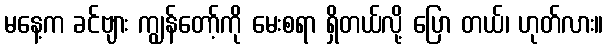
မနေ့က ခင်ဗျား ကျွန်တော့်ကို မေးစရာ ရှိတယ်လို့ ပြော တယ်၊ ဟုတ်လား။